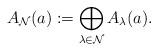
LaTeX: \begin{align*}A_{\mathcal N}(a):=\bigoplus_{\lambda \in {\mathcal N}}A_\lambda (a).\end{align*}